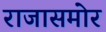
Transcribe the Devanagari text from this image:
राजासमोर